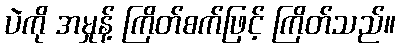
ပဲကို အမှုန့် ကြိတ်စက်ဖြင့် ကြိတ်သည်။